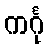
ကင်္ဂု